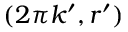
( 2 \pi k ^ { \prime } , r ^ { \prime } )